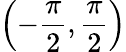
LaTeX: \left(-{\frac{\pi}{2}},{\frac{\pi}{2}}\right)